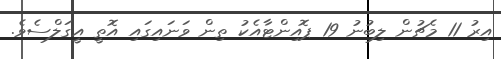
އިރު 11 މެޗުން ލިބުނު 19 ޕޮއިންޓާއެކު ތިން ވަނައިގައި އޮތީ އީގަލްސެވެ.